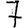
Digit: 7